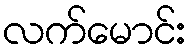
လက်မောင်း